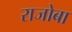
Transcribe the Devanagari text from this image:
राजोबा